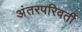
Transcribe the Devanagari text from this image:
अंतरपरिवर्ती